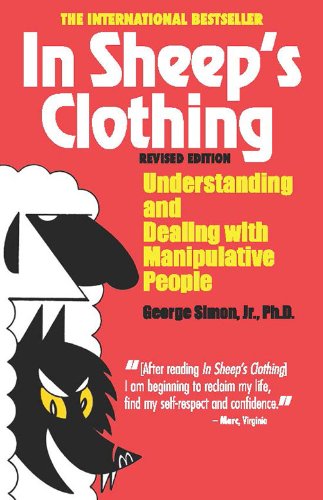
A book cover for In Sheep's Clothing: Understanding and Dealing with Manipulative People; George K. Simon Ph.D.; Self-Help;